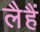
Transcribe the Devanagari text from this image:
लैहैं